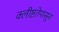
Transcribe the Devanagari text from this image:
क्लीष्टतेपासून